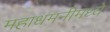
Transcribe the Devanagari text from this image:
महाधमनीमध्ये